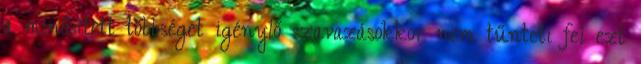
a minősített többséget igénylő szavazásokkor nem tűnteti fel ezt